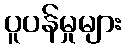
ပူပန်မှုများ